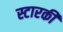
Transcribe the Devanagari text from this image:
स्टारकी